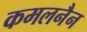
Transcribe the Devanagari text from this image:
कमलनैन